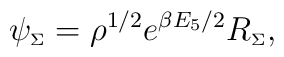
\psi_{\scriptscriptstyle \Sigma}=\rho^{1/2} e^{\beta E_{5} /2}R_{\scriptscriptstyle \Sigma},